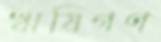
ঋষিগণ